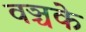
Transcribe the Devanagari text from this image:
वञ्चके